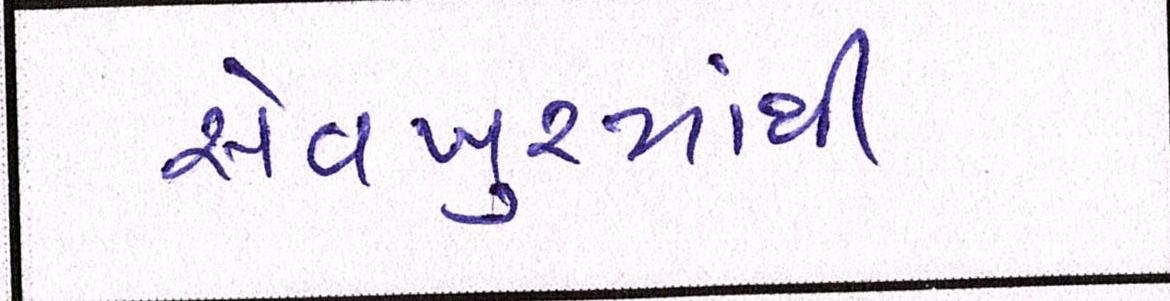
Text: સેવખુરમાંથી